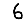
Digit: 6